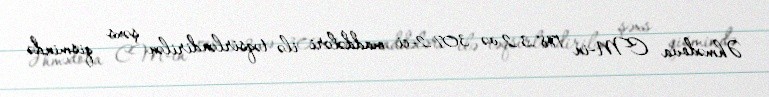
Əhmədova CM-in 178.3.2 və 307.2-ci maddələri ilə təqsirləndirilən şəxs qismində